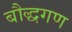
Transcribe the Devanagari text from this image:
बौद्धगण